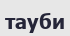
тауби